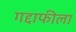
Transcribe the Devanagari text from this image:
गद्दाफीला